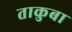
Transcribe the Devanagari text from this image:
ताकुबा